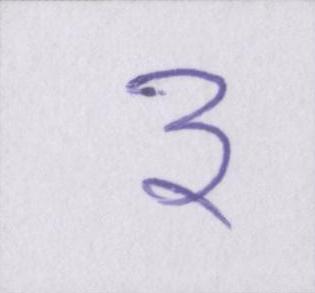
३